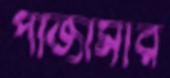
পাজামার